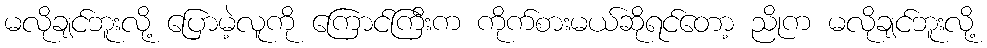
မလိုချင်ဘူးလို့ ပြောမဲ့လူကို ကြောင်ကြီးက ကိုက်စားမယ်ဆိုရင်တော့ ညိုက မလိုချင်ဘူးလို့